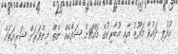
އުފުލި ދައުވާ މައޫޒު އާއި މުބާރިކުގެ މައްޗަށް ޝައްކެއް ނެތް މިންވަރަށް ޝަރީއަތަށް